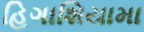
હિગાશિયામા